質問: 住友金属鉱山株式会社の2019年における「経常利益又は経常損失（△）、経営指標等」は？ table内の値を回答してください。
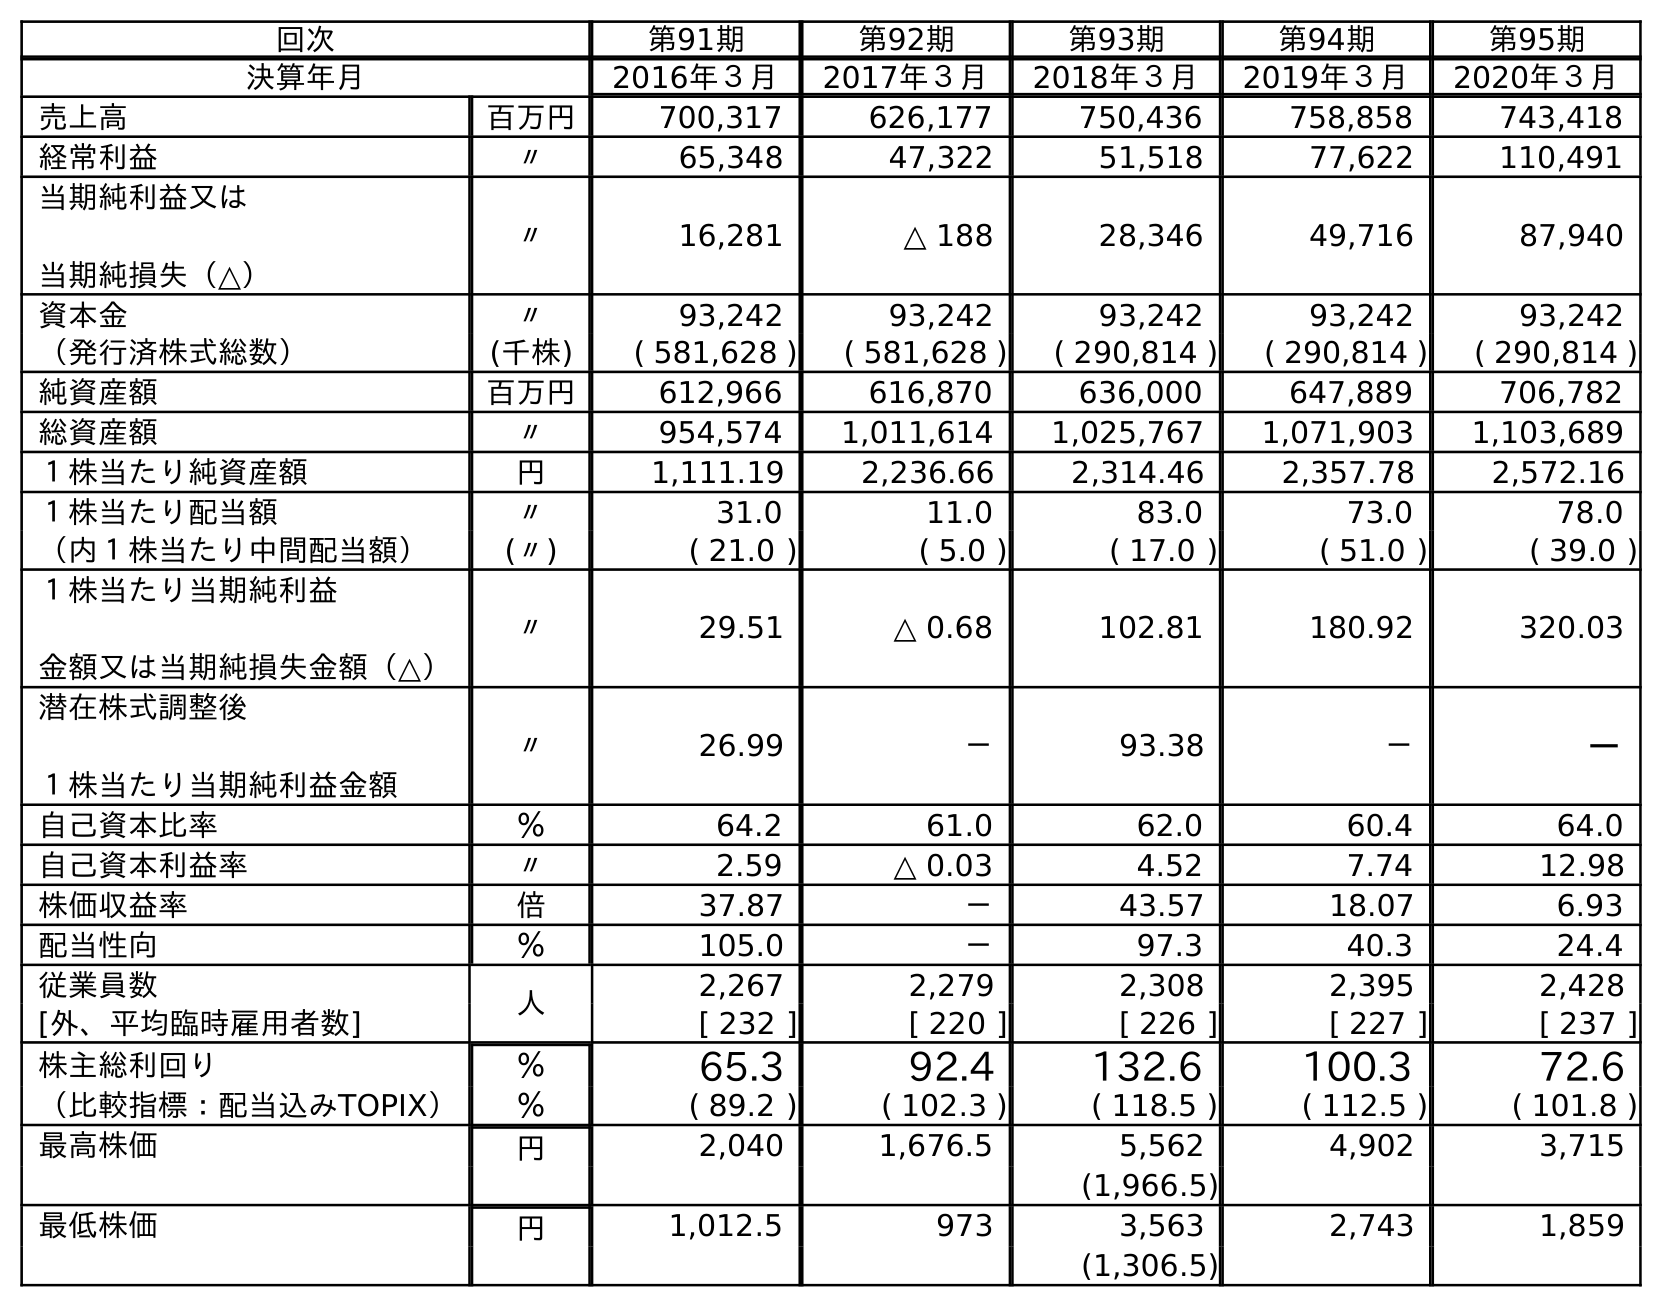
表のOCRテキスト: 回次 第91期 第92期 第93期 第94期 第95期 決算年月 2016年３月 2017年３月 2018年３月 2019年３月 2020年３月 売上高 百万円 700,317 626,177 750,436 758,858 743,418 経常利益 〃 65,348 47,322 51,518 77,622 110,491 当期純利益又は 当期純損失（△） 〃 16,281 △ 188 28,346 49,716 87,940 資本金 〃 93,242 93,242 93,242 93,242 93,242 （発行済株式総数） (千株) ( 581,628 ) ( 581,628 ) ( 290,814 ) ( 290,814 ) ( 290,814 ) 純資産額 百万円 612,966 616,870 636,000 647,889 706,782 総資産額 〃 954,574 1,011,614 1,025,767 1,071,903 1,103,689 １株当たり純資産額 円 1,111.19 2,236.66 2,314.46 2,357.78 2,572.16 １株当たり配当額 〃 31.0 11.0 83.0 73.0 78.0 （内１株当たり中間配当額） (〃) ( 21.0 ) ( 5.0 ) ( 17.0 ) ( 51.0 ) ( 39.0 ) １株当たり当期純利益 金額又は当期純損失金額（△） 〃 29.51 △ 0.68 102.81 180.92 320.03 潜在株式調整後 １株当たり当期純利益金額 〃 26.99 － 93.38 － － 自己資本比率 ％ 64.2 61.0 62.0 60.4 64.0 自己資本利益率 〃 2.59 △ 0.03 4.52 7.74 12.98 株価収益率 倍 37.87 － 43.57 18.07 6.93 配当性向 ％ 105.0 － 97.3 40.3 24.4 従業員数 人 2,267 2,279 2,308 2,395 2,428 [外、平均臨時雇用者数] [ 232 ] [ 220 ] [ 226 ] [ 227 ] [ 237 ] 株主総利回り ％ 65.3 92.4 132.6 100.3 72.6 （比較指標：配当込みTOPIX） ％ ( 89.2 ) ( 102.3 ) ( 118.5 ) ( 112.5 ) ( 101.8 ) 最高株価 円 2,040 1,676.5 5,562 4,902 3,715 (1,966.5) 最低株価 円 1,012.5 973 3,563 2,743 1,859 (1,306.5)
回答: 77,622